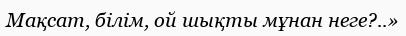
Мақсат, білім, ой шықты мұнан неге?..»